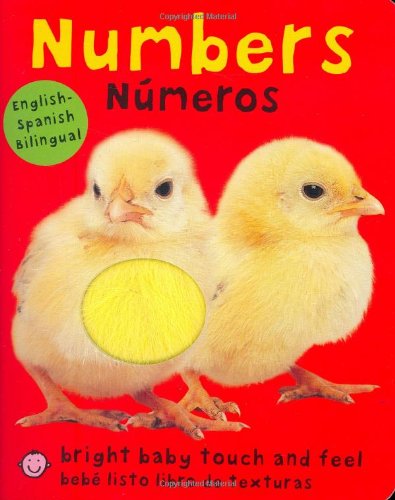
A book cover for Bright Baby Bilingual Touch & Feel: Numbers (Bright Baby Touch and Feel) (Spanish Edition); Roger Priddy; Children's Books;